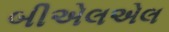
બીએલએલ